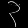
Digit: ၃